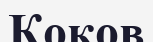
Коков